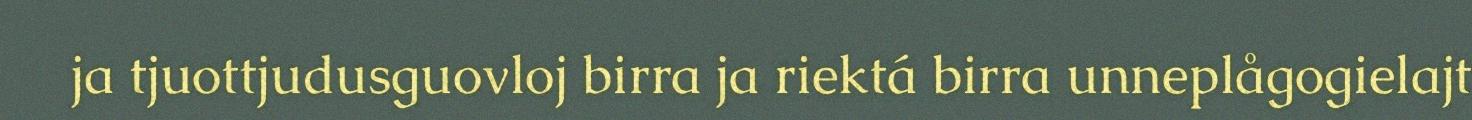
ja tjuottjudusguovloj birra ja riektá birra unneplågogielajt